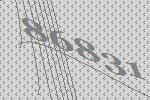
86831